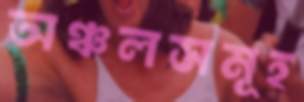
অঞ্চলসমূহ